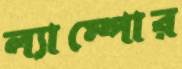
ল্যাম্পোর